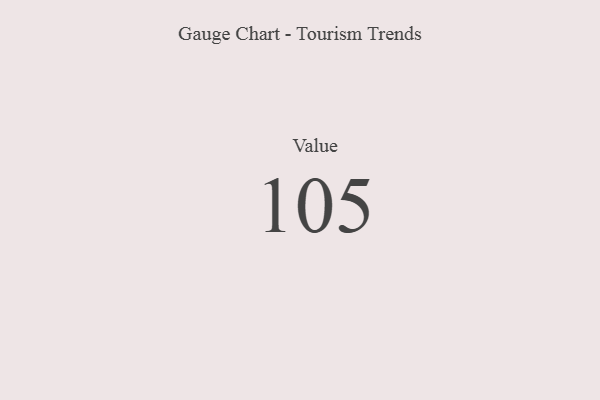
{"axis": {"x": "Metric", "y": "Value"}, "legend": [""], "data": [{"x": "Value", "y": 105, "type": ""}]}